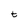
Character: t